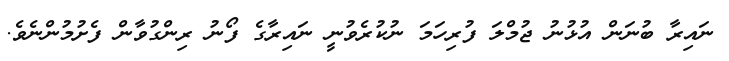
ނައިރާ ބުނަން އުޅުނު ޖުމްލަ ފުރިހަމަ ނުކުރެވުނީ ނައިރާގެ ފޯނު ރިންގުވާން ފެށުމުންނެވެ.